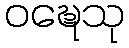
ဝဍ္ဎေသု